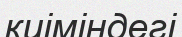
киіміндегі